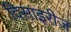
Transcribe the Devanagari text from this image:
दिसाइरीज़